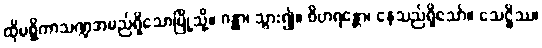
ထိုမစ္ဆိကာသဏ္ဍအမည်ရှိသောမြို့သို့။ ဂန္တွာ၊ သွား၍။ ဝိဟရန္တော၊ နေသည်ရှိသော်။ သေဋ္ဌိဿ၊